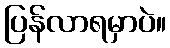
ပြန်လာရမှာပဲ။